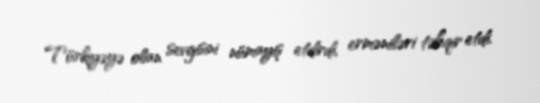
Türkiyəyə olan sevgisini nümayiş etdirdi, erməniləri təhqir etdi.